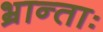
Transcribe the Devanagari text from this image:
भ्रान्ताः